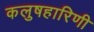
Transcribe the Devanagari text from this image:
कलुषहारिणी